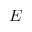
E